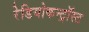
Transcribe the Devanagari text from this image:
रेडियोकन्ट्रॉस्ट